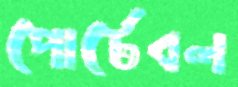
পোর্টেবল